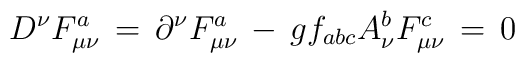
D^\nu F^a_{\mu \nu} \, = \,     \partial^\nu F^a_{\mu \nu} \, - \,    g f_{abc} A^b_\nu F^c_{\mu \nu} \, = \, 0